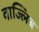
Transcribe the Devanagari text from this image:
वाज्लिब